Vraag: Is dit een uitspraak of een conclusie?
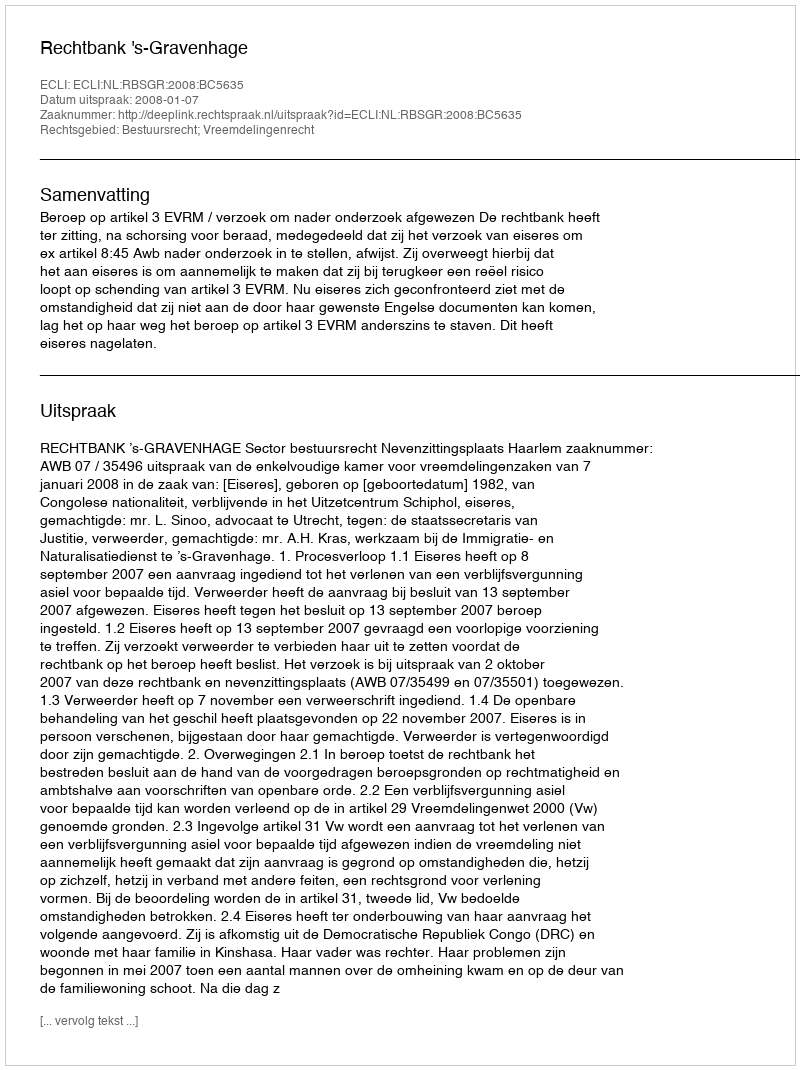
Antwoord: Uitspraak